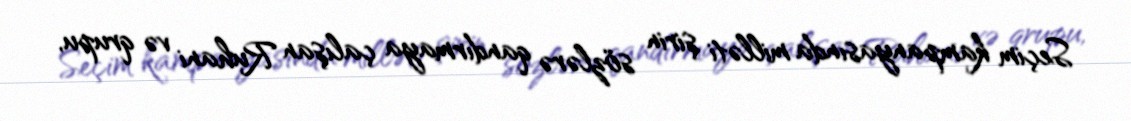
Seçim kampanyasında milləti şirin sözlərə qandırmaya çalışan Ruhani və qrupu,